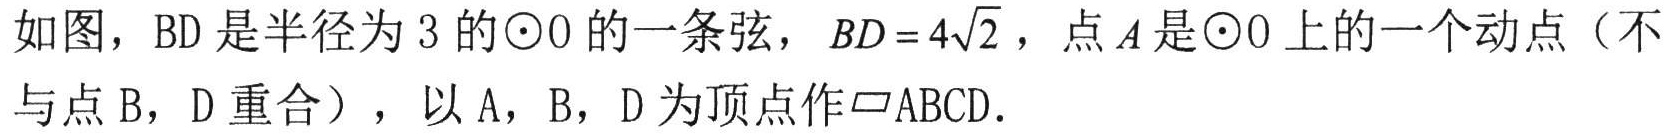
如图，BD 是半径为 3 的\(\odot O\)的一条弦，\(BD = 4\sqrt{2}\)，点\(A\)是\(\odot O\)上的一个动点（不与点 B，D 重合），以 A，B，D 为顶点作\(\parallelogram ABCD\)。